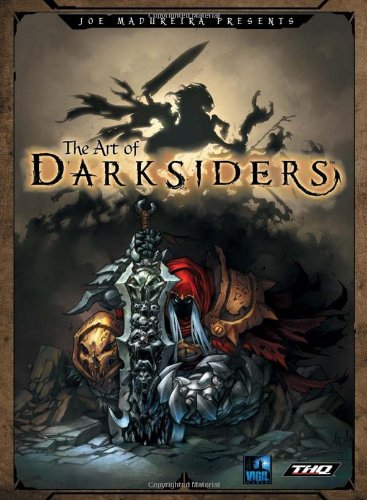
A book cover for The Art of Darksiders; Joe Madureira; Arts & Photography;